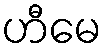
ဟီမေ